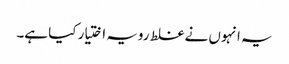
یہ انہوں نے غلط رویہ اختیار کیا ہے۔